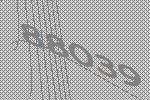
88039